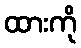
ထားကို